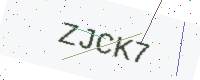
Text: ZJCK7